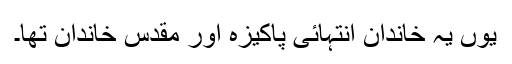
یوں یہ خاندان انتہائی پاکیزہ اور مقدس خاندان تھا۔